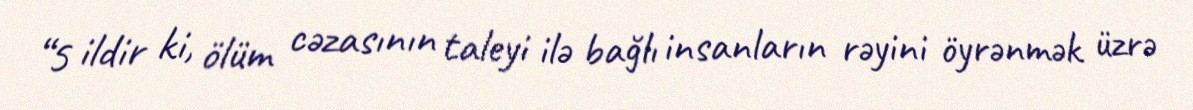
“5 ildir ki, ölüm cəzasının taleyi ilə bağlı insanların rəyini öyrənmək üzrə